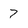
Character: 7